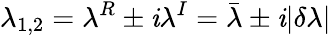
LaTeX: \lambda_{1,2}=\lambda^{R}\pm\mathit{i}\lambda^{I}=\bar{{\lambda}}\pm\mathit{i}|\delta\lambda|